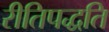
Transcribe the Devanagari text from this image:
रीतिपद्धति